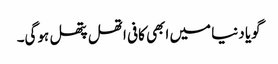
گویا دنیا میں ابھی کافی اتھل پتھل ہوگی۔